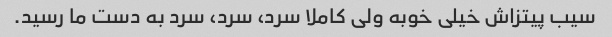
سیب پیتزاش خیلی خوبه ولی کاملا سرد، سرد، سرد به دست ما رسید.